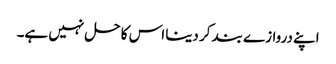
اپنے دروازے بند کر دینا اس کا حل نہیں ہے۔